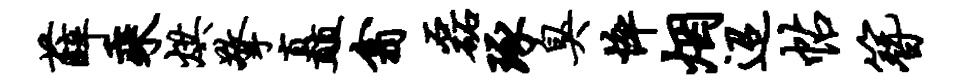
薛乘烘擎矗翕磊琢臭悴烟迢帖簪